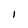
Character: I